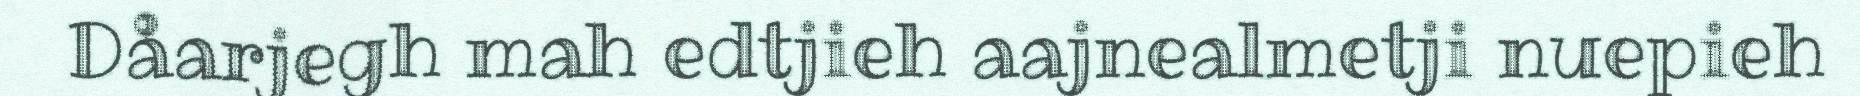
Dåarjegh mah edtjieh aajnealmetji nuepieh